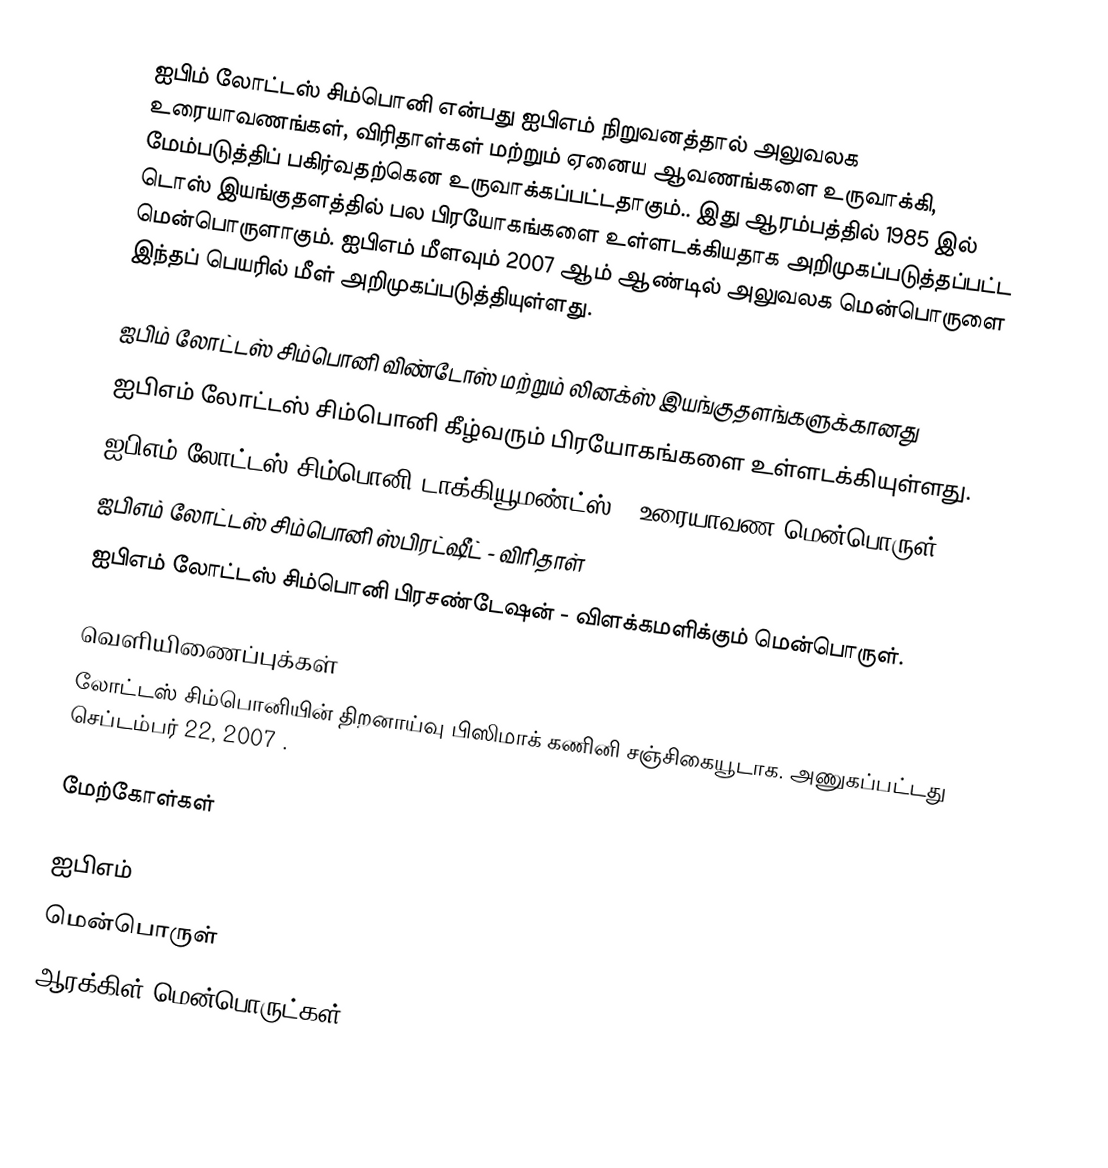
ஐபிம் லோட்டஸ் சிம்பொனி என்பது ஐபிஎம் நிறுவனத்தால் அலுவலக உரையாவணங்கள், விரிதாள்கள் மற்றும் ஏனைய ஆவணங்களை உருவாக்கி, மேம்படுத்திப் பகிர்வதற்கென உருவாக்கப்பட்டதாகும்.. இது ஆரம்பத்தில் 1985 இல் டொஸ் இயங்குதளத்தில் பல பிரயோகங்களை உள்ளடக்கியதாக அறிமுகப்படுத்தப்பட்ட மென்பொருளாகும். ஐபிஎம் மீளவும் 2007 ஆம் ஆண்டில் அலுவலக மென்பொருளை இந்தப் பெயரில் மீள் அறிமுகப்படுத்தியுள்ளது.

ஐபிம் லோட்டஸ் சிம்பொனி விண்டோஸ் மற்றும் லினக்ஸ் இயங்குதளங்களுக்கானது
ஐபிஎம் லோட்டஸ் சிம்பொனி கீழ்வரும் பிரயோகங்களை உள்ளடக்கியுள்ளது.
 ஐபிஎம் லோட்டஸ் சிம்பொனி டாக்கியூமண்ட்ஸ் -  உரையாவண மென்பொருள்
 ஐபிஎம் லோட்டஸ் சிம்பொனி ஸ்பிரட்ஷீட் - விரிதாள்
 ஐபிஎம் லோட்டஸ் சிம்பொனி பிரசண்டேஷன் - விளக்கமளிக்கும் மென்பொருள்.

வெளியிணைப்புக்கள்
 லோட்டஸ் சிம்பொனியின் திறனாய்வு  பிஸிமாக் கணினி சஞ்சிகையூடாக. அணுகப்பட்டது செப்டம்பர் 22, 2007 .

மேற்கோள்கள்

ஐபிஎம்
மென்பொருள்
ஆரக்கிள் மென்பொருட்கள்